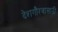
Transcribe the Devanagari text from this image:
देशगौरवासाठी